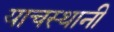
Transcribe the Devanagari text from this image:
याचस्थानी